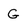
Character: G